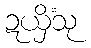
ဍယှိံသု